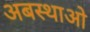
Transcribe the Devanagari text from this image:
अबस्थाओ